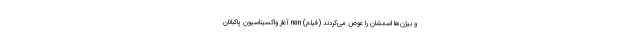
و بیژن‌ها اسمشان را عوض می‌کردند (فیلم) nan آغاز واکسیناسیون پاکبانان